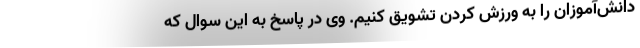
دانش‌آموزان را به ورزش کردن تشویق کنیم. وی در پاسخ به این سوال که